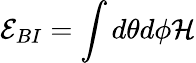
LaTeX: {\cal E}_{BI}=\int d\theta d\phi{\cal H}